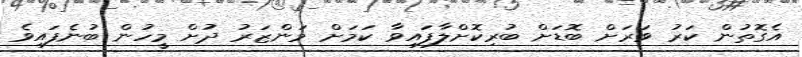
އެގޮތުން ކަރު ވަރަށް ބޮޑަށް ބުރިކޮށްލާފައިވާ ކަމަށް މަންޒަރު ދުށް މީހުން ބުނެފައިވެ